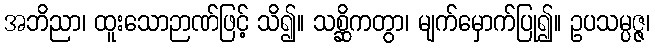
အဘိညာ၊ ထူးသောဉာဏ်ဖြင့် သိ၍။ သစ္ဆိကတွာ၊ မျက်မှောက်ပြု၍။ ဥပသမ္ပဇ္ဇ၊